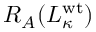
R _ { A } ( L _ { \kappa } ^ { \mathrm { w t } } )